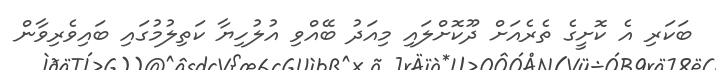
ބަކަރި އެ ކޮށީގެ ތެރެއަށް ދޫކޮށްލައި މިއަދު ބޭއްވި އުލުހިޔާ ކަތިލުމުގައި ބައިވެރިވާން